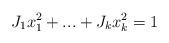
LaTeX: \begin{align*}J_1x_1^2+...+J_kx_k^2=1\end{align*}